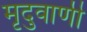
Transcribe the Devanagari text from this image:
मृदुवाणी